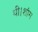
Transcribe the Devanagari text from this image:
थी।शांग